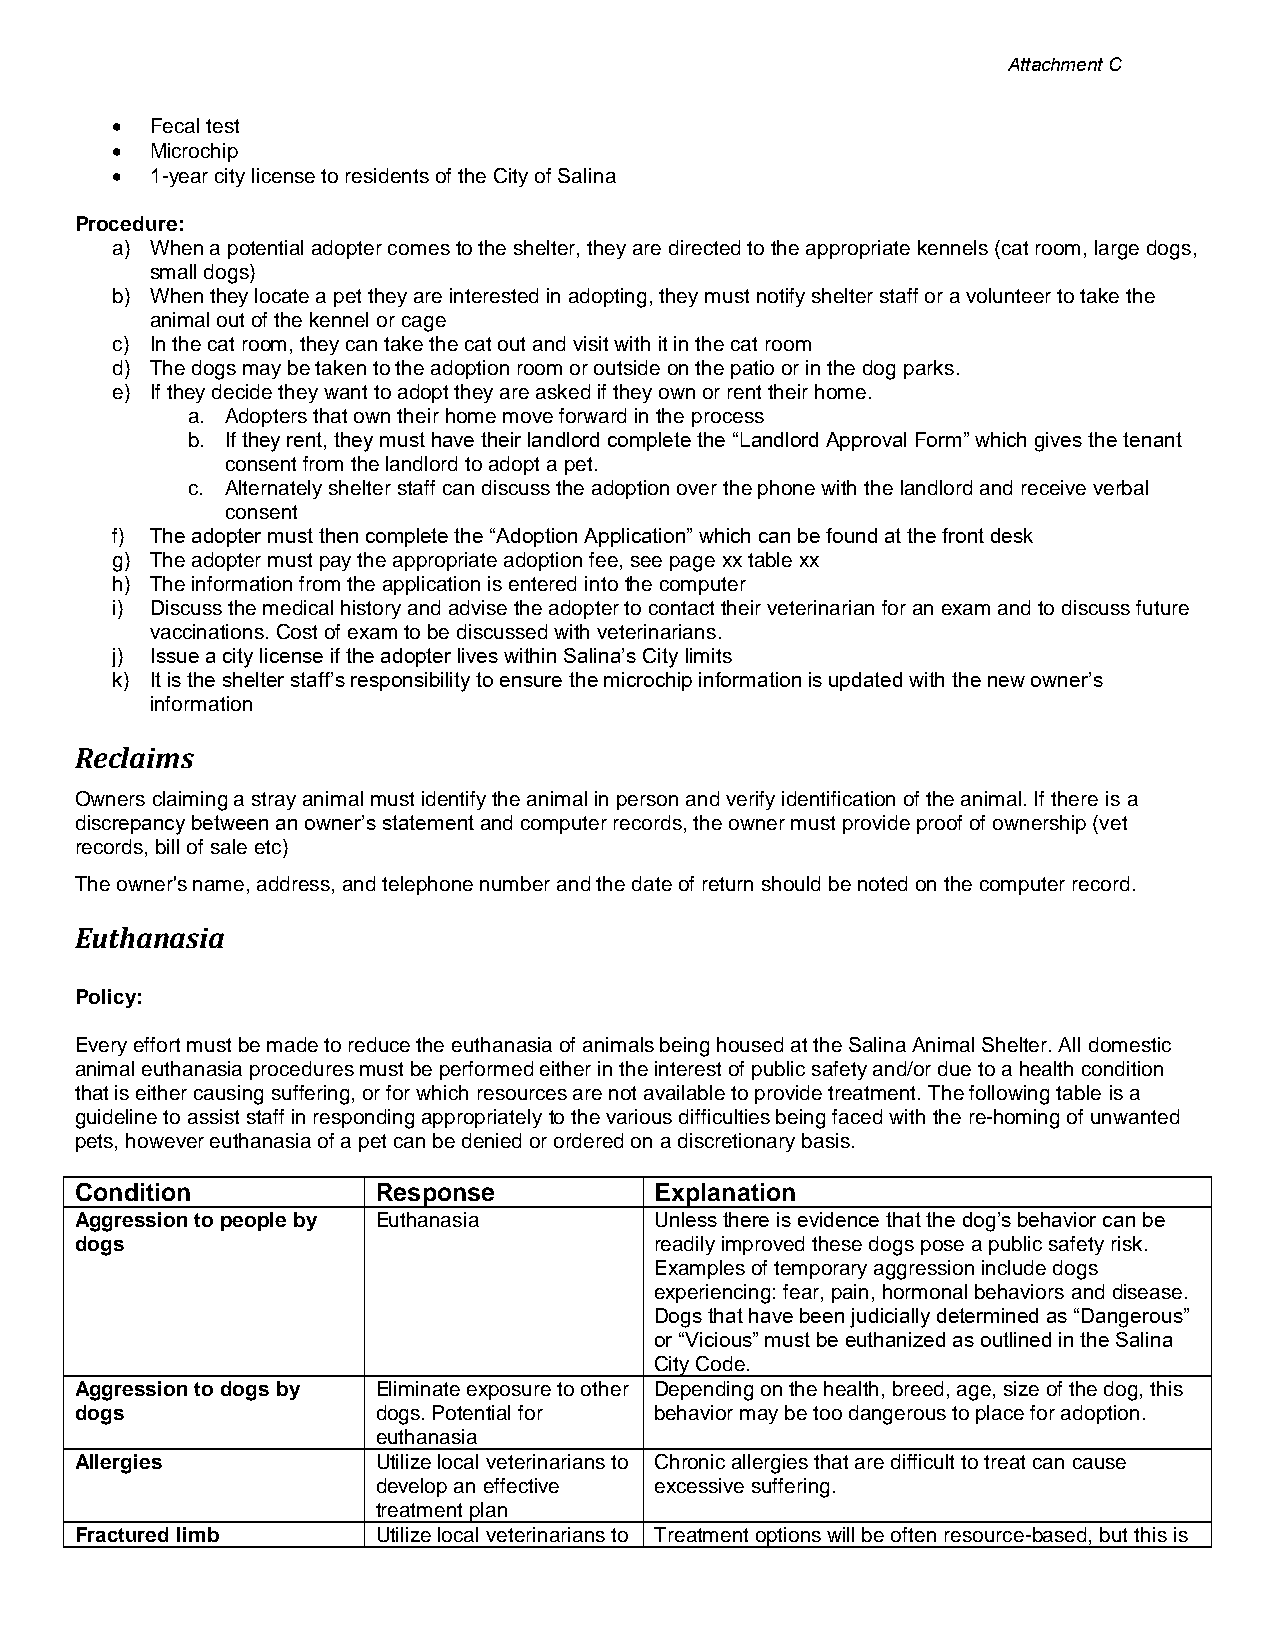
Attachment C
 •  Fecal test
 •  Microchip
 •  1-year city license to residents of the City of Salina
 Procedure:
 a) When a potential adopter comes to the shelter, they are directed to the appropriate kennels (cat room, large dogs,
 small dogs)
 b) When they locate a pet they are interested in adopting, they must notify shelter staff or a volunteer to take the
 animal out of the kennel or cage
 c) In the cat room, they can take the cat out and visit with it in the cat room
 d) The dogs may be taken to the adoption room or outside on the patio or in the dog parks.
 e) If they decide they want to adopt they are asked if they own or rent their home.
 a. Adopters that own their home move forward in the process
 b. If they rent, they must have their landlord complete the “Landlord Approval Form” which gives the tenant
 consent from the landlord to adopt a pet.
 c. Alternately shelter staff can discuss the adoption over the phone with the landlord and receive verbal
 consent
 f) The adopter must then complete the “Adoption Application” which can be found at the front desk
 g) The adopter must pay the appropriate adoption fee, see page xx table xx
 h) The information from the application is entered into the computer
 i) Discuss the medical history and advise the adopter to contact their veterinarian for an exam and to discuss future
 vaccinations. Cost of exam to be discussed with veterinarians.
 j) Issue a city license if the adopter lives within Salina’s City limits
 k) It is the shelter staff’s responsibility to ensure the microchip information is updated with the new owner’s
 information
 Reclaims
 Owners claiming a stray animal must identify the animal in person and verify identification of the animal. If there is a
 discrepancy between an owner’s statement and computer records, the owner must provide proof of ownership (vet
 records, bill of sale etc)
 The owner's name, address, and telephone number and the date of return should be noted on the computer record.
 Euthanasia
 Policy:
 Every effort must be made to reduce the euthanasia of animals being housed at the Salina Animal Shelter. All domestic
 animal euthanasia procedures must be performed either in the interest of public safety and/or due to a health condition
 that is either causing suffering, or for which resources are not available to provide treatment. The following table is a
 guideline to assist staff in responding appropriately to the various difficulties being faced with the re-homing of unwanted
 pets, however euthanasia of a pet can be denied or ordered on a discretionary basis.
 Condition           Response          Explanation
 Aggression to people by Euthanasia    Unless there is evidence that the dog’s behavior can be
 dogs                                  readily improved these dogs pose a public safety risk.
 Examples of temporary aggression include dogs
 experiencing: fear, pain, hormonal behaviors and disease.
 Dogs that have been judicially determined as “Dangerous”
 or “Vicious” must be euthanized as outlined in the Salina
 City Code.
 Aggression to dogs by Eliminate exposure to other Depending on the health, breed, age, size of the dog, this
 dogs                dogs. Potential for behavior may be too dangerous to place for adoption.
 euthanasia
 Allergies           Utilize local veterinarians to Chronic allergies that are difficult to treat can cause
 develop an effective excessive suffering.
 treatment plan
 Fractured limb      Utilize local veterinarians to Treatment options will be often resource-based, but this is